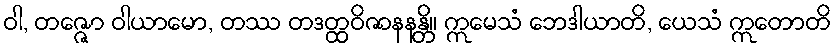
ဝါ, တဇ္ဇော ဝါယာမော, တဿ တဒတ္ထဝိဇာနနန္တိ။ ဣမေသံ ဘေဒါယာတိ, ယေသံ ဣတောတိ